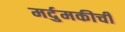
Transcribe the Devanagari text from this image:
मर्दुमकीची